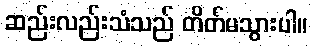
ဆည်းလည်းသံသည် တိတ်မသွားပါ။